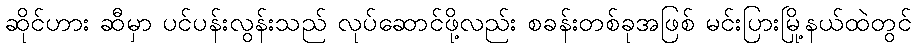
ဆိုင်ဟား ဆီမှာ ပင်ပန်းလွန်းသည် လုပ်ဆောင်ဖို့လည်း စခန်းတစ်ခုအဖြစ် မင်းပြားမြို့နယ်ထဲတွင်